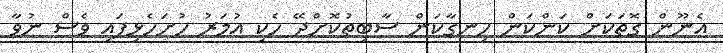
އެނޫން ގޮތަކަށް ކަންކަން ހިނގާކަން ސާބިތުކޮށްދޭ ހެކި އުމަރު ހުށަހެޅިފައި ވެސް ނުވާ